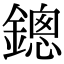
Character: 鏓